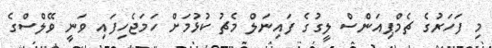
މި ފަހަރުގެ ޗެމްޕިއަންސް ލީގުގެ ފައިނަލް މެޗު ކުޅުމަށް ހަމަޖެހިފައި ވަނީ ވޭލްސްގެ